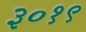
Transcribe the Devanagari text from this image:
३०१९